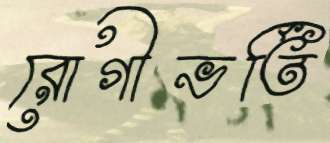
রোগীভর্তি